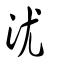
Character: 沋